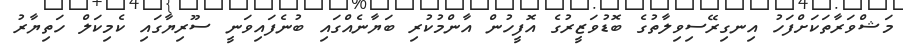
މަޝްވަރާތަކަށްފަހު އިނގިރޭސިވިލާތުގެ ބޮޑުވަޒީރުގެ އޮފީހުން އާންމުކުރި ބަޔާނެއްގައި ބުނެފައިވަނީ ސޫރިޔާގައި ކެމިކަލް ހަތިޔާރު